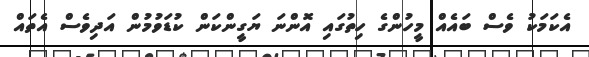
އެކަމަކު ވެސް ބައެއް މީހުންގެ ހިތުގައި އޮންނަ ޔަގީންކަން ކުޑަވުމުން އަދިވެސް އެތައް